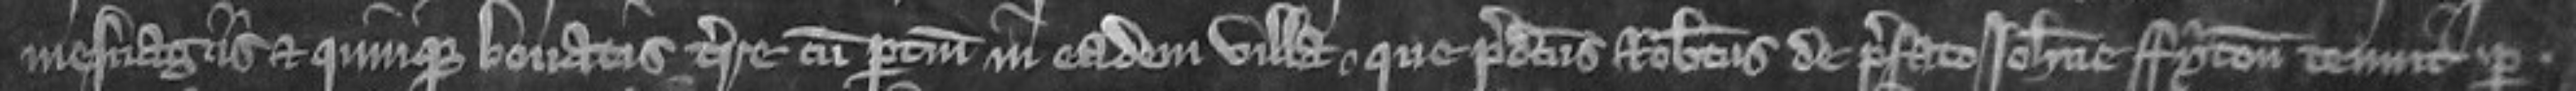
mesuagiis et quinque bovatis terre cum pertinenciis in eadem villa que predictus Robertus de prefato Johanne Fyton tenuit per